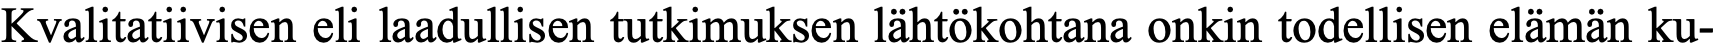
Kvalitatiivisen eli laadullisen tutkimuksen lähtökohtana onkin todellisen elämän ku-